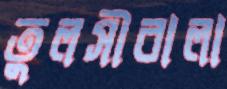
তুলসীবালা